Vital statistics of India. Vol. IV, Annual returns from 1871 to 1876. British Army of India, Native Army and jails of Bengal
Year: 1871
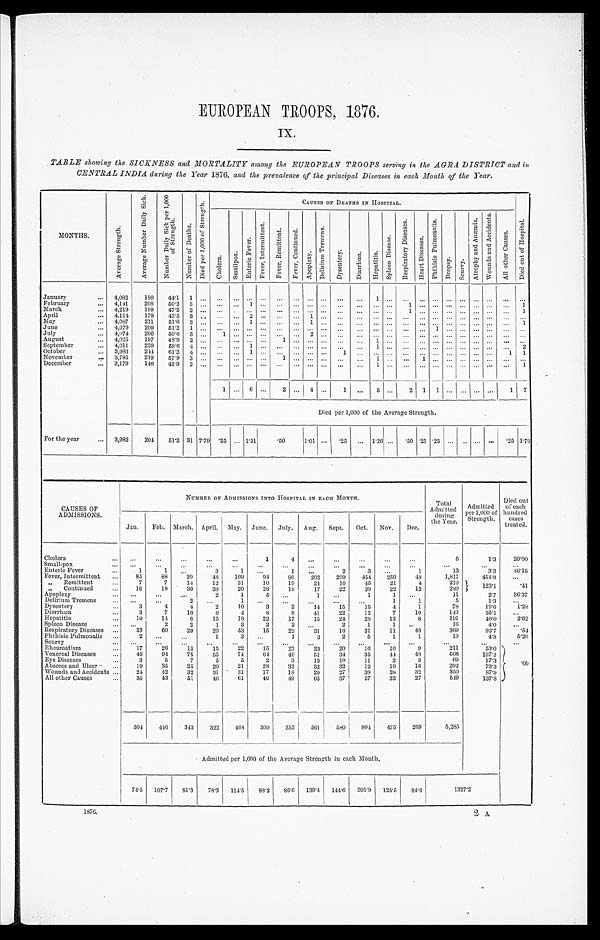
EUROPEAN TROOPS, 1876.
IX.
TABLE showing the SICKNESS and MORTALITY among the EUROPEAN TROOPS serving in the AGRA DISTRICT and in
CENTRAL INDIA during the Year 1876, and the prevalence of the principal Diseases in each Month of the Year.
MONTHS.
A v e r a g e S t r e n g t h .
A v e r a g e N u m b e r D a i l y S i c k .
N u m b e r D a i l y S i c k p e r 1 , 0 0 0 o f S t r e n g t h .
N u m b e r o f D e a t h s .
D i e d p e r 1 , 0 0 0 o f S t r e n g t h .
C A U S E S O F D E A T H I N H O S P I T A L
D i e d o u t o f H o s p i t a l .
C h o l e r a .
S m a l l p o x .
E n t e r i c F e v e r . F e v e r , I n t e r m i t t e n t .
F e v e r R e m i t t e n t . F e v e r , C o n t i n u e d .
A p o p l e x y .
D e l i r i u m T r e m e n s .
Dysentery.
D i a r r h œ a .
H e p a t i t i s . S p l e e n D i s e a s e s .
R e s p i r a t o r y D i s e a s e s .
H e a r t D i s e a s e s .
P h t h i s i s p u l m o n a l i s .
Dr o p s y .
S c u r v y .
A t r o p h y a n d A n æ m i a .
W o u n d s a n d A c c i d e n t s .
A l l o t h e r c a u s e s .
January
... 4,082
180
44.1 1 ... ... ... ... ...
...
. . .
... ... ...
...
1
. . . ...
. . . ... ...
. . . ... ...
. . .
...
February
... 4,141
208
50.2
3 ...
... ... 1
. . . ... ... ... ...
...
... ... ... 1
. . . ... ... ... ... ...
. . . 1
March
... 4,219
199
47.2 2 ...
. . . ... ... ... ... ... ... ... ...
... ... ... 1
. . . ... ...
. . . ... ...
. . .
1
April
... 4,114
179
4 3 . 5 3 ...
... ... 2
. . .
. . .
. . . 1 ...
...
. . . ...
. . . ...
. . . ... ...
. . . ... ...
. . . ...
May
. . . 4,087
2 1 1
51.6
3 ...
... ... 1
. . . ...
. . . 1 ...
...
. . . ...
. . . . . . ... ... ...
. . . ... ... ... 1
June
... 4,079
209
51.2 1 ... ... ... ... ... ... ... ... ... ...
. . . ...
. . . ...
. . . 1 ...
. . . ... ...
. . . ...
July
... 4,074
206
50.6 3 ... 1 ... ...
. . . ...
. . . 2 ... ...
... ...
. . . ...
. . . ... ...
. . . ... ... ... ...
August
... 4,025
197
48.0 2 ... ... ... ...
. . . 1
. . . . . .
...
...
. . . 1
. . . ... ... ... ... ... ... ... ... ...
September
... 4,011
239
59.6 4 ... ...
. . . 1 ... ...
. . . . . .
...
...
. . 1
. . . . . .
. . . ... ...
. . . ... ...
. . . 2
October
... 3,983
244 61.2 4 ...
. . . ... 1
. . . ... ... ... ...
1
. . . ...
. . . ... ... ... ... ... ... ...
1 1
November
. . .
3 , 7 8 5
219
57.9 3 ...
. . . ... ...
. . . 1
. . . . . .
... ...
. . . 1
. . . ...
1 ... ...
. . . ... ...
. . . ...
December
... 3,179
146 45.9 2 ... ... ...
... ... ...
. . . . . . ...
. . . . . .
1
. . . ...
. . . ... ...
. . .
... ... ...
1
1 ... 6
. . . 2
. . . 4 ...
1 ...
5 ...
2
1 1
...
. . . ... ...
1 7
Died per 1,000 of the Average Strength.
.
For the year
... 3,982
204
51.2 31 7.79
. 25 ... 1.51
. 5 0
1.01 ...
. 2 5 ... 1.26 ...
. 50 .25 .25 ... .. ... ... .25 1.76
CAUSES OF
ADMISSIONS.
NUMBER OF ADMISSION INTO HOSPITAL IN EACH MONTH.
__
Total
Admitted during
theYear.
Admitted
per 1,000 of
Strength.
Died out
of each
hundred
cases
treated.
Jan.
Feb. March. April. May. June. July. Aug. Sept. Oct. Nov.
Dec.
Cholera
... ...
...
. . .
...
...
1
4
. . .
...
...
...
. . .
5
1.3
20. 00
Small -pox
... ...
...
...
...
...
. . .
. . . ...
...
...
...
...
. . .
. . .
. . .
Enteric Fever
...
1
1
. . .
3
1
...
1
...
2
3
. . .
1
13
3 . 3
4 6 . 1 5
Fever, Intermittent ...
85
88
39
48
109
94
86
202
299
454
259
48
1,811
454.8
...
,, Remittent
...
7
7
14
12
31
10
1 9
24
16
45
21
4
210
1 2 3 . 1
.41
„ Continued
...
16
18
30
38
20
28
18
17
22
39
22
12
280
Apoplexy
... ...
...
...
2
1
5
. . .
1
. . .
1
1
. . .
1 1 2 . 7
3 6 . 3 7
Delirium Tremens
... ...
...
2
. . .
1
...
...
...
...
...
1
1
5
1.3
...
Dysentery
...
3
4
4
2
10
3
3
14
15
15
4
1
78
19.6
1.28
Diarrinœa.
...
3
7
10
8
4
8
8
41
22
]2
7
10
140
35.l
...
Hepatitis
...
10
14
8
15
18
22
17
15
24
28
12
8
191
48.0
2. 62
Spleen Disease
. . .
. . .
2
2
1
3
2
2
. . .
2
1
1
. . .
16
4.0
...
Respiratory Diseases ...
33
60
29
20
53
15
22
31
16
31
11
48
369
92.7
.54
Phthisis Pulmonalis
. . .
2
. . .
. . .
1
3
...
1
3
2
5
1
1
19
4.8
5. 26
Scury
... ...
...
...
. . .
. . . . . .
. . .
. . .
. . .
. . .
. . .
. . .
. . .
...
. . .
Rheumatism
...
17
26
15
15
2 2
15
2 3
2 3
20
16
10
9
2 1 1
53.0
. 0 9
Venereal Diseases
...
46
94
75
55
74
64
46
51
34
35
44
48
6 6 6
167.2
Eye Diseases
. . .
3
5
7
5
5
2
3
13
10
1 1
2
3
6 9
17.3
Abscess and Ulcer
...
19
35
25
20
21
28
33
32
32
12
19
16
292
73.3
Wounds and Accidents ...
24
42
32
31
31
17
18
29
27
39
28
32
3 5 0
8 7 . 9
All other Causes
...
1 3 5
43
51
46
61
46
49
65
37
57
32
27
5 4 9
137.8
304
446
343
322
4 6 8 360
353
561
580
804
475
269
5,285
Admitted per 1,000 of the Average Strength in each Month.
74.5 107.7
81.3
78.3 114.5 88.2 86.6 139.4 144.6 201.9 125.5
84.6
1327.2
1876,
2 A